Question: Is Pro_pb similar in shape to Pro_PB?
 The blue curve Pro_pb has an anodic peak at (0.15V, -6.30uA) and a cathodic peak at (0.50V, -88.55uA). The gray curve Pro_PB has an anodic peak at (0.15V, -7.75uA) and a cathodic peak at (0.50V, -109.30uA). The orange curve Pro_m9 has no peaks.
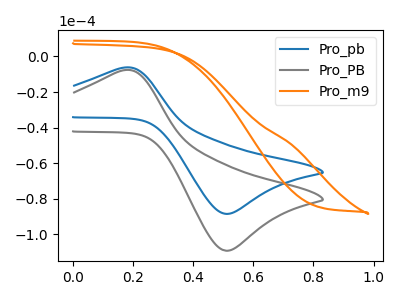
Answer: <think>All the peaks in "Pro_pb" have a peak in "Pro_PB" at the same potential.
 </think>
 <answer>"Pro_pb" and "Pro_PB" are similar in shape.</answer>
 <eval>same_shape</eval>